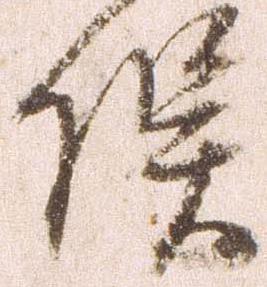
俣